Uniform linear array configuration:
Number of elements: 64
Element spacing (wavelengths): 1
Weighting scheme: hamming
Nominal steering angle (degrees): -45
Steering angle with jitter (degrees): -43.666
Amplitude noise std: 0.05
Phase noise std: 0.05

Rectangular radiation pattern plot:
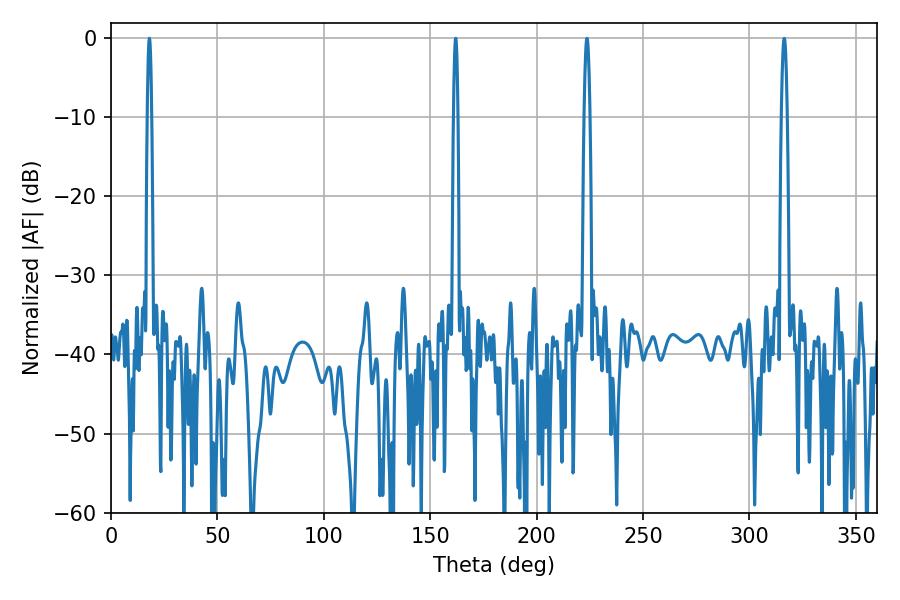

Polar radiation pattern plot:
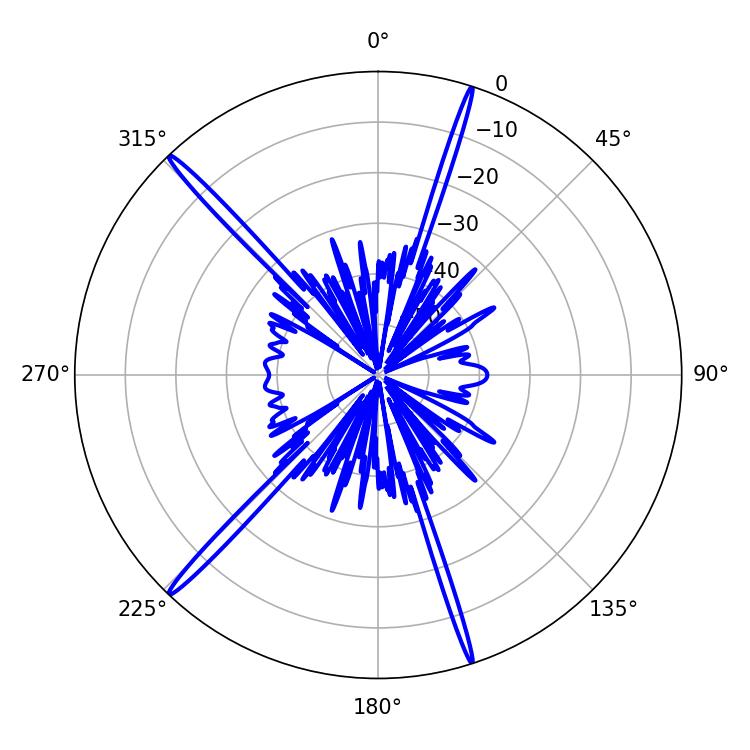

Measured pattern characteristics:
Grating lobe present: TRUE
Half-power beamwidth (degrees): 1.08
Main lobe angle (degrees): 162